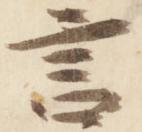
言